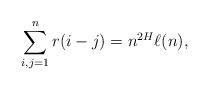
LaTeX: \begin{align*} \sum_{i,j=1}^n r(i-j) = n^{2H} \ell(n), \end{align*}